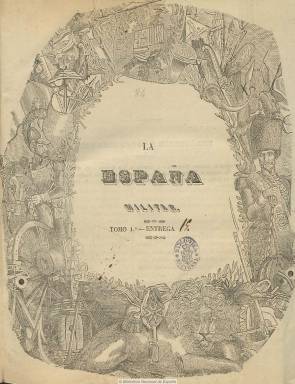
Título: La España militar (Madrid. 1842)
Colección: Fuerzas armadas
Ámbito geográfico: Madrid
Lugar de publicación: Madrid
Fechas: 01/02/1842-14/04/1843

“Periódico dedicado al Ejército y Milicia Nacional”, cuerpo este que había sido reorganizado tras asumir Baldomero Espartero (1793-1879) la Regencia de España tras la marcha al exilio de la reina gobernadora María Cristina de Borbón (1806-1878). Su propietario, director y principal redactor es el entonces capitán de caballería Eduardo Perrotte, quien había estado publicando previamente El grito del ejército que, como “revista de intereses militares”, tras publicar dieciséis números desde marzo de 1841, es sustituido por este nuevo título, que empieza a publicar a partir del uno de febrero de 1842.

Durante la Regencia de Espartero (1841 – 1843) se publicarán en España en torno a una decena de periódicos de carácter corporativo militar, siendo en gran parte liberales, pero tendiendo al final hacía un mayor conservadurismo. Este título es uno de los más sobresalientes. Según su prospecto, su objetivo es difundir la instrucción y los adelantos en las armas del Ejército, pero también “moralizar altamente” a todas las clases que lo componían. Se declara en la “senda del progreso”, pero añade que no será órgano de ningún partido, sino independiente y sólo “a la sombra tutelar de las Cortes”, y enarbolará la disciplina como bandera. En su pretensión de incidir en las reformas militares, señalará que el Ejército a principios de 1842 seguía igual que como un año antes, “ahogado por la influencia del nepotismo y regido por una legislación en contradicción abierta con los principios nuevamente preconizados”, criticando que “sólo permanezca estacionario enfrente del progreso común”. A su carácter liberal, Aguilar Olivencia (1980) le añade que fue inspirado por los dirigentes de la Milicia progresista del periodo, pero como expresión del malestar por las carencias materiales y profesionales, dado su carácter corporativo, fue especialmente defensor de los oficiales de inferior categoría o denominadas “clases asalariadas” militares.

Además de Perrotte, la nómina de sus redactores y colaboradores estaba integrada por el brigadier Joaquín Moreno de las Peñas, el comandante Juan Guillén Buzarán, los coroneles Luis Corsini, Francisco Luján y Salvador Valdés, y los generales Juan Van-Halen y Francisco Serrano. Ossorio y Bernard (1904) señala también con sus redactores a Ramón Hallyday y Miguel Álvarez Espina, e identifica a su propietario (en alguna bibliografía, Perrote) como coronel del ejército francés residente en Madrid, quien había publicado un opúsculo en 1841 con el mismo título que su periódico anterior –El grito del ejército-, siendo entonces capitán graduado del Regimiento de Caballería Guías del General. Según Aguilar Olivencia, había pedido la baja del Ejército tras cesar su anterior periódico, al ser amenazado con la expulsión del país. En 1843 publicará otro opúsculo bajo el título Vindicación de los militares pronunciados; en 1854 aparecerá como coronel en el escalafón del Regimiento de Caballería Villaviciosa y, según Ossorio, dirigirá también Journal de Madrid (1855-1856).

Esta publicación adoptará diversas periodicidad (dos veces a la semanal, decenal o quincenal) y paginación variada. Su plan fue imprimir dos pliegos (16 páginas) con textos estructurados en las siguientes secciones. La primera, didáctica, como artículos teóricos, filosóficos, científicos y analíticos y también de actualidad. La segunda, histórica y literaria, de asuntos históricos o con la inserción de de planos, modelos, uniformes o dibujos acompañando a los textos, La tercera, oficial, con reales órdenes, circulares ministeriales, promociones, nombramientos, recompensas, etc. Y la cuarta con crónicas y noticias de los movimientos y acontecimientos militares, tanto nacionales como extranjeros, anuncios, comunicados, edictos, etc. Cada entrega contaría con un tercer pliego suelto y paginación propia (ocho páginas) bajo el epígrafe “Biblioteca militar”, con textos de autores militares antiguos y modernos, formando un tomo anual de 288 páginas. Distribuyó con cada entrega láminas en negro o cromolitografiadas, algunas de gran formato y desplegables, según el tipo de suscripción, que se hacía en numerosas ciudades españoles, así como en Lisboa, Manila y Puerto Rico. Salió de la imprenta de Alegría y Charlain y de la de José Cosme de la Peña. La colección acaba con su entrega del 14 de abril de 1843, por lo que duró apenas un año. La edición de El heraldo (Madrid: 1842-1854), de 20 de mayo de 1843, da la noticia de que había cesado en su publicación.